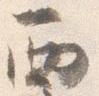
西